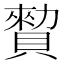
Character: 𧷖